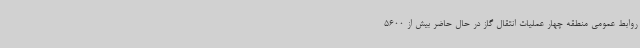
روابط عمومی منطقه چهار عملیات انتقال گاز در حال حاضر بیش از 5600